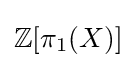
\mathbb {Z} [\pi _{1}(X)]